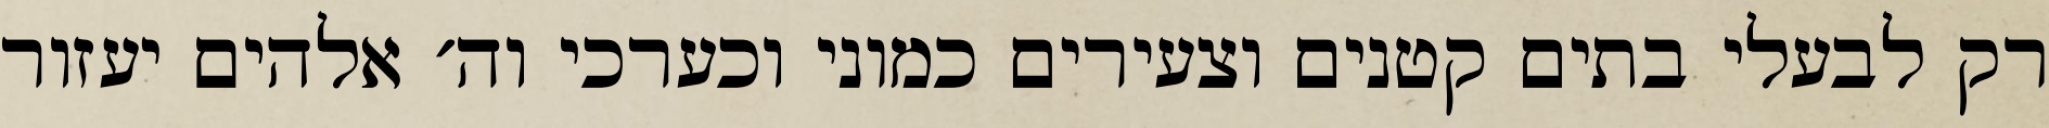
רק לבעלי בתים קטנים וצעירים כמוני וכערכי וה׳ אלהים יעזור